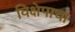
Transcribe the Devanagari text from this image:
विक्षेपाचा